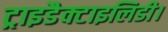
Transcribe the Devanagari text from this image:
ट्राइडैक्टाइलिडी।